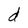
Character: d